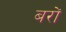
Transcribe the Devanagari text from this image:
बरों